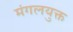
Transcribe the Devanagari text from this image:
मंगलयुक्त